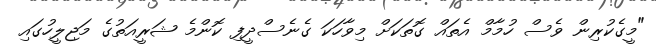
"މީގެކުރިން ވެސް ހުމާމް އެތައް ގޮތަކަށް މިވާހަކަ ގެނެސްދީފި ކޮންމެ ޝަރީއަތުގެ މަޖިލީހުގައި